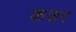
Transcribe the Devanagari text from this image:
कजर